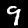
Digit: 9